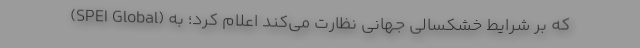
(SPEI Global) که بر شرایط خشکسالی جهانی نظارت می‌کند اعلام کرد؛ به